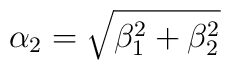
\alpha_{2}=\sqrt{\beta_{1}^{2}+\beta_{2}^{2}}